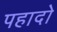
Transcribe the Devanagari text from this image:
पहादो